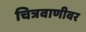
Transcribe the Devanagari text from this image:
चित्रवाणीवर